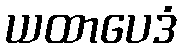
ယထာပေဒံ